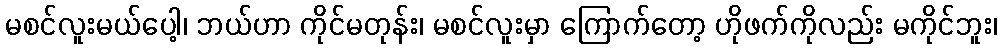
မစင်လူးမယ်ပေါ့၊ ဘယ်ဟာ ကိုင်မတုန်း၊ မစင်လူးမှာ ကြောက်တော့ ဟိုဖက်ကိုလည်း မကိုင်ဘူး၊